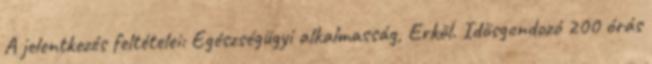
A jelentkezés feltételei: Egészségügyi alkalmasság, Erköl. Idősgondozó 200 órás